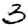
Digit: 3